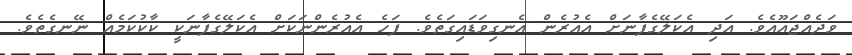
ވަދެއްޖައޫއެވެ. އަދި އެކަލޭގެފާނަށް އެއުރެން އެނގިވަޑައިގަތެވެ. ފަހެ އެއުރެންނަކަށް އެކަލޭގެފާނަކީ ކާކުކަމެއް ނޭނގެތެވެ.